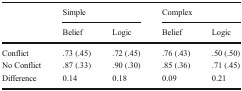
| <ROWSPAN=2>  | <COLSPAN=2> Simple | <COLSPAN=2> Complex |
 | Belief | Logic | Belief | Logic |
 | --- | --- | --- | --- | --- |
 | Conflict | .73 (.45) | .72 (.45) | .76 (.43) | .50 (.50) |
 | No Conflict | .87 (.33) | .90 (.30) | .85 (.36) | .71 (.45) |
 | Difference | 0.14 | 0.18 | 0.09 | 0.21 |